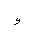
Letter: _waw